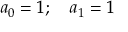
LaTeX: a _ { 0 } = 1 ; \quad a _ { 1 } = 1